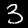
Label: 3